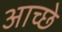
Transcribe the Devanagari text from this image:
आच्छे